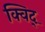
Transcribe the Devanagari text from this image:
क्विद्